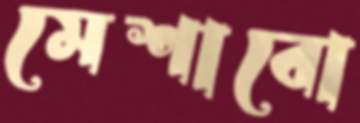
মেশাবো